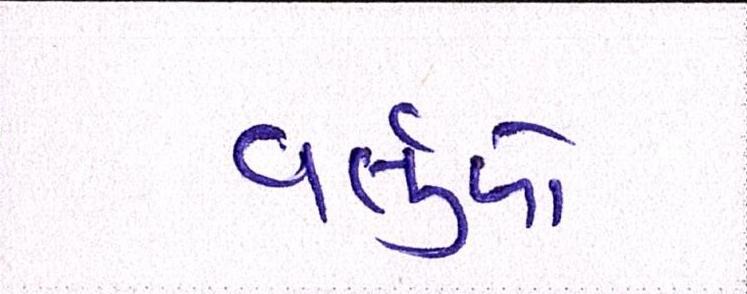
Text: વર્તુળો